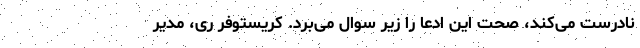
نادرست می‌کند، صحت این ادعا را زیر سوال می‌برد. کریستوفر ری، مدیر